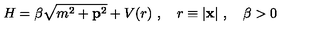
H = \beta \sqrt { m ^ { 2 } + { \bf p } ^ { 2 } } + V ( r ) \ , \quad r \equiv | { \bf x } | \ , \quad \beta > 0 \,